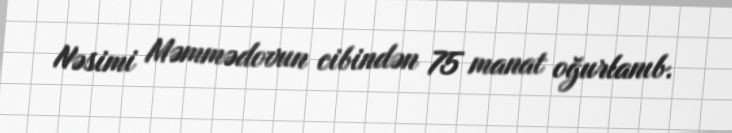
Nəsimi Məmmədovun cibindən 75 manat oğurlanıb.